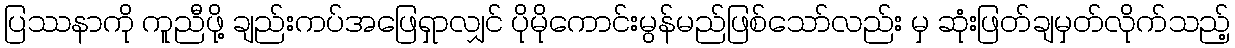
ပြဿနာကို ကူညီဖို့ ချည်းကပ်အဖြေရှာလျှင် ပိုမိုကောင်းမွန်မည်ဖြစ်သော်လည်း မှ ဆုံးဖြတ်ချမှတ်လိုက်သည့်